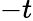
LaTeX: -t